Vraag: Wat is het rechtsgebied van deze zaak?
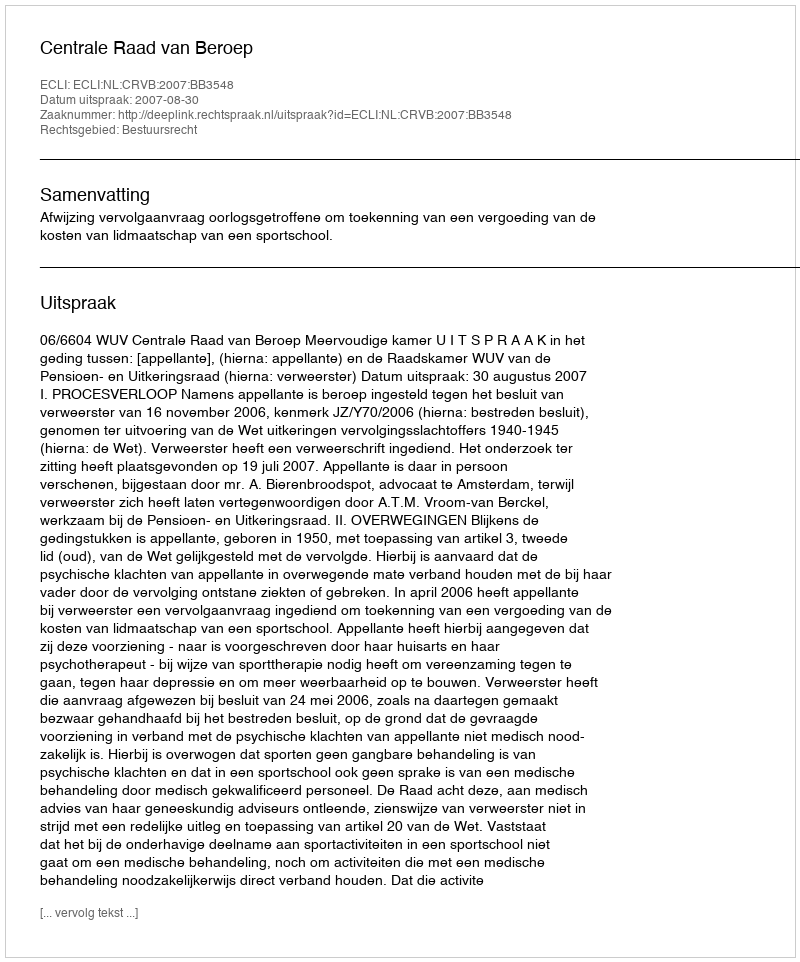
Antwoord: Bestuursrecht